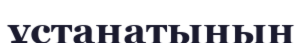
ұстанатынын